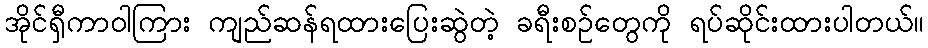
အိုင်ရှီကာဝါကြား ကျည်ဆန်ရထားပြေးဆွဲတဲ့ ခရီးစဉ်တွေကို ရပ်ဆိုင်းထားပါတယ်။